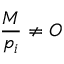
{ \frac { M } { p _ { i } } } \neq O